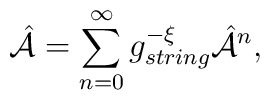
{\hat {\cal A}}=\sum_{n=0}^{\infty} g_{string}^{-{\cal \xi}} {\hat {\cal A}}^n,